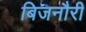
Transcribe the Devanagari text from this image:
बिजनौरी